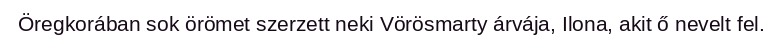
Öregkorában sok örömet szerzett neki Vörösmarty árvája, Ilona, akit ő nevelt fel.